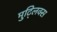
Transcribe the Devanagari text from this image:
मुट्लिक्स